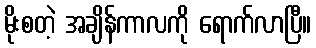
မိုးစတဲ့ အချိန်ကာလကို ရောက်လာပြီ။